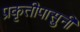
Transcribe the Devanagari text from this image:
प्रकृतीपासुनी